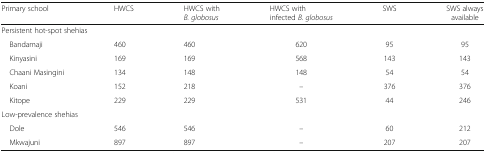
| Primary school | HWCS | HWCS with B. globosus | HWCS with infected B. globosus | SWS | SWS always available |
 | --- | --- | --- | --- | --- | --- |
 | <COLSPAN=6> Persistent hot-spot shehias |
 | Bandamaji | 460 | 460 | 620 | 95 | 95 |
 | Kinyasini | 169 | 169 | 568 | 143 | 143 |
 | Chaani Masingini | 134 | 148 | 148 | 54 | 54 |
 | Koani | 152 | 218 | – | 376 | 376 |
 | Kitope | 229 | 229 | 531 | 44 | 246 |
 | <COLSPAN=6> Low-prevalence shehias |
 | Dole | 546 | 546 | – | 60 | 212 |
 | Mkwajuni | 897 | 897 | – | 207 | 207 |